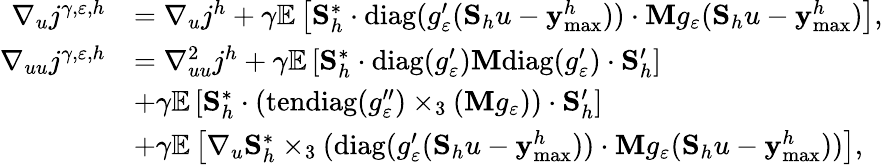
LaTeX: \begin{array}{rl}{\nabla_{u}j^{\gamma,\varepsilon,h}}&{=\nabla_{u}j^{h}+\gamma\mathbb{E}\left[\mathbf{S}_{h}^{*}\cdot\mathrm{diag}(g_{\varepsilon}^{\prime}(\mathbf{S}_{h}u-\mathbf{y}_{\operatorname*{max}}^{h}))\cdot\mathbf{M}g_{\varepsilon}(\mathbf{S}_{h}u-\mathbf{y}_{\operatorname*{max}}^{h})\right],}\\ {\nabla_{uu}j^{\gamma,\varepsilon,h}}&{=\nabla_{uu}^{2}j^{h}+\gamma\mathbb{E}\left[\mathbf{S}_{h}^{*}\cdot\mathrm{diag}(g_{\varepsilon}^{\prime})\mathbf{M}\mathrm{diag}(g_{\varepsilon}^{\prime})\cdot\mathbf{S}_{h}^{\prime}\right]}\\ &{+\gamma\mathbb{E}\left[\mathbf{S}_{h}^{*}\cdot(\mathrm{tendiag}(g_{\varepsilon}^{\prime\prime})\times_{3}(\mathbf{M}g_{\varepsilon}))\cdot\mathbf{S}_{h}^{\prime}\right]}\\ &{+\gamma\mathbb{E}\left[\nabla_{u}\mathbf{S}_{h}^{*}\times_{3}(\mathrm{diag}(g_{\varepsilon}^{\prime}(\mathbf{S}_{h}u-\mathbf{y}_{\operatorname*{max}}^{h}))\cdot\mathbf{M}g_{\varepsilon}(\mathbf{S}_{h}u-\mathbf{y}_{\operatorname*{max}}^{h}))\right],}\end{array}